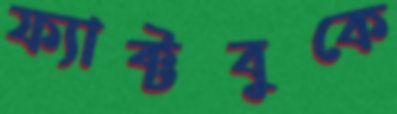
ফ্যাক্টবুকে